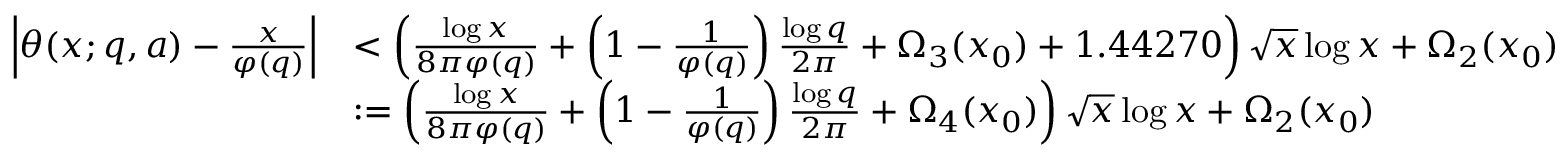
\begin{array} { r l } { \left| \theta ( x ; q , a ) - \frac { x } { \varphi ( q ) } \right| } & { < \left( \frac { \log { x } } { 8 \pi \varphi ( q ) } + \left( 1 - \frac { 1 } { \varphi ( q ) } \right) \frac { \log { q } } { 2 \pi } + \Omega _ { 3 } ( x _ { 0 } ) + 1 . 4 4 2 7 0 \right) \sqrt { x } \log { x } + \Omega _ { 2 } ( x _ { 0 } ) } \\ & { : = \left( \frac { \log { x } } { 8 \pi \varphi ( q ) } + \left( 1 - \frac { 1 } { \varphi ( q ) } \right) \frac { \log { q } } { 2 \pi } + \Omega _ { 4 } ( x _ { 0 } ) \right) \sqrt { x } \log { x } + \Omega _ { 2 } ( x _ { 0 } ) } \end{array}